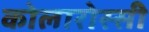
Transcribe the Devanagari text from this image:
कोलारोस्सी